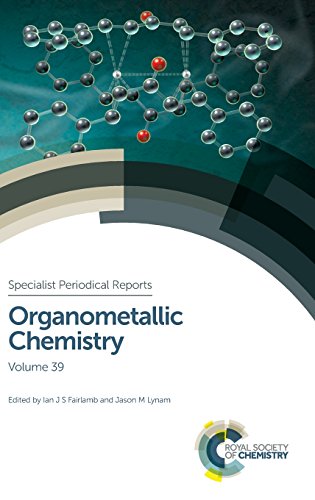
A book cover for Organometallic Chemistry: Volume 39 (Specialist Periodical Reports); Science & Math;